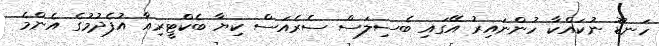
ހަނޑޫ ނުކައްކާ ހުންނައިރު އޭގައި ބެސިލަސް ސެރެއަސް ކިޔާ ބެކްޓީރިއާ އުފެދުމުގެ އެންމެ